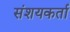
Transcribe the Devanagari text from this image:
संशयकर्ता